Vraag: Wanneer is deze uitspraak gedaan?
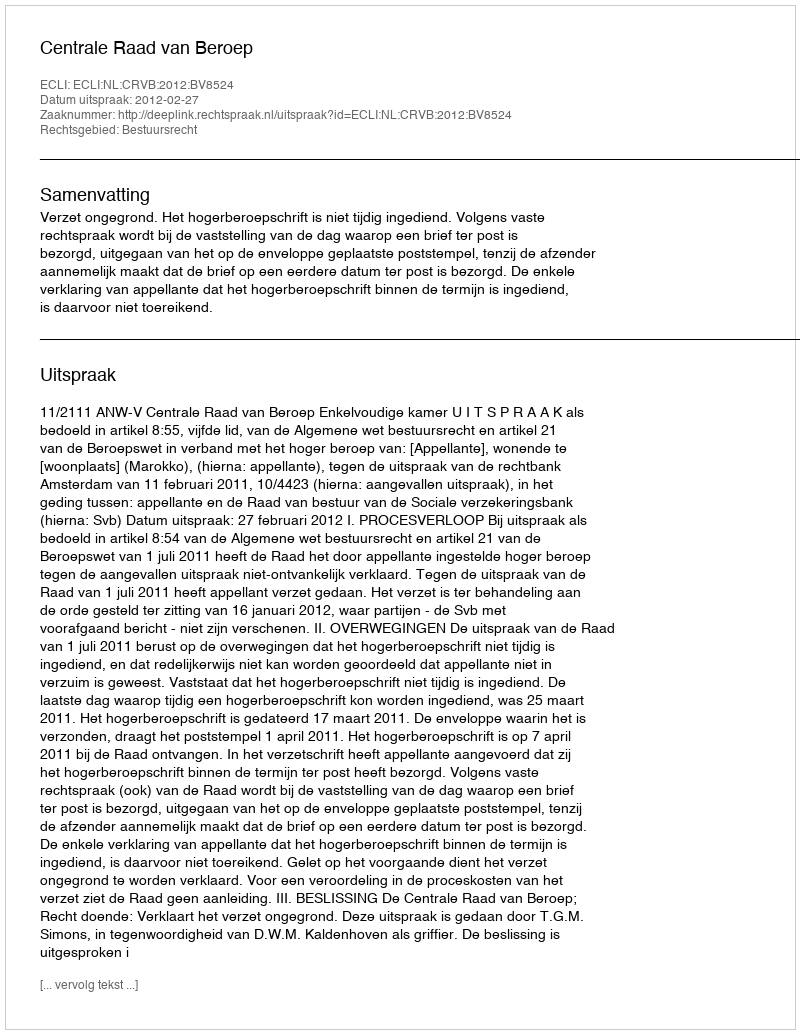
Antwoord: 2012-02-27